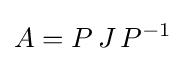
A=P\,J\,P^{-1}